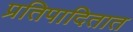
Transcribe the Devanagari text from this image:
प्रतिपादितात